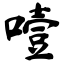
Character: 噎